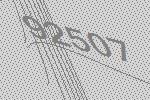
92507